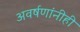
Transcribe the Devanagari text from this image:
अवर्षणांनीही